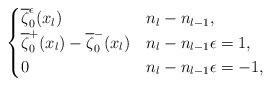
LaTeX: \begin{align*}\begin{cases}\overline{\zeta}^\epsilon_0(x_l)&n_l-n_{l-1},\\\overline{\zeta}^+_0(x_l)-\overline{\zeta}^-_0(x_l)&n_l-n_{l-1}\epsilon=1,\\0&n_l-n_{l-1}\epsilon=-1,\end{cases}\end{align*}